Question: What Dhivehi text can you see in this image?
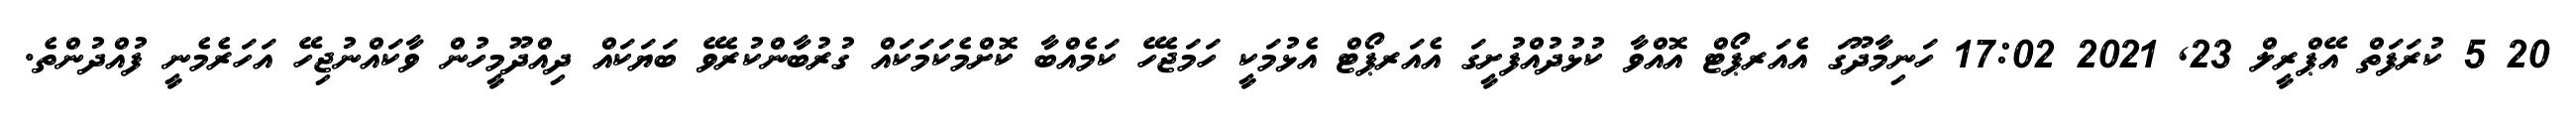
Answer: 20 5 ކުރަފަތް އޭޕްރީލް 23, 2021 17:02 ހަނިމާދޫގަ އެއަރޕޯޓް އޮއްވާ ކުޅުދުއްފުށީގަ އެއަރޕޯޓް އެޅުމަކީ ހަމަޖެހޭ ކަމެއްބާ ކޮށްމެކަމަކައް ގުރުބާންކުރެވޭ ބަޔަކައް ދިއްދޫމީހުން ވާކައްނުޖިހޭ އަހަރެމެނީ ފުއްދުންތެ.